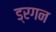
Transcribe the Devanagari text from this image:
ड्रगन